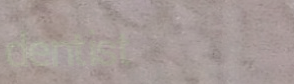
dentist